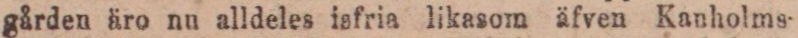
gården äro nu alldeles isfria likasom äfven Kanholms-